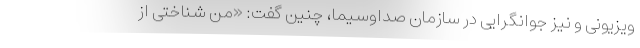
ویزیونی و نیز جوانگرایی در سازمان صداوسیما، چنین گفت: «من شناختی از